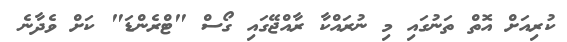
ކުރިއަށް އޮތް ތަނުގައި މި ނުރައްކާ ރާއްޖޭގައި ގޯސް "ޓްރެންޑަ" ކަށް ވެދާނެ